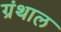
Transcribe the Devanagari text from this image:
ग्रंथाल